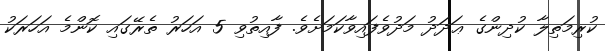
ކުރިމަތިލާ ކުދިންގެ ޢަދަދު މަދުވެފައިވާކަމަށެވެ. ފާއިތުވި 5 އަހަރު ތެރޭގައި ކޮންމެ އަހަރަކު